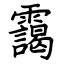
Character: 靄